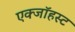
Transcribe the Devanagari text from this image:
एक्जाॅहस्ट